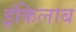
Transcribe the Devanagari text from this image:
इंकिलाब